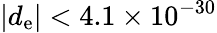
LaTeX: |d_{\mathrm{e}}|<4.1\times 10^{-30}